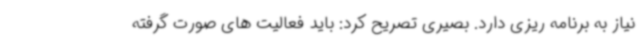
نیاز به برنامه ریزی دارد. بصیری تصریح کرد: باید فعالیت های صورت گرفته